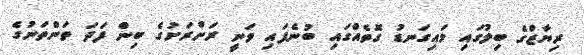
ރިޔާޒްގެ ބިލުގައި މައިގަނޑު ގޮތެއްގައި ބުނެފައި ވަނީ ރަށްރަށުގެ ބިން ފަދަ ތަންތަނުގެ